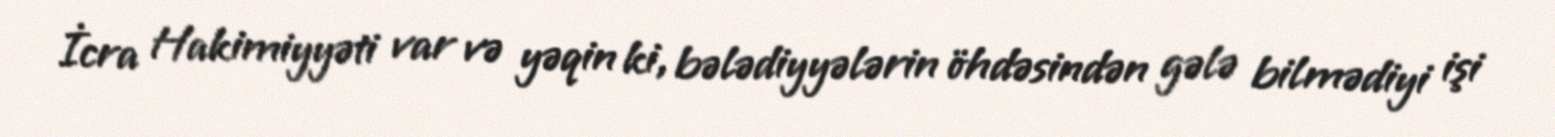
İcra Hakimiyyəti var və yəqin ki, bələdiyyələrin öhdəsindən gələ bilmədiyi işi